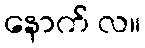
နောက် လ။